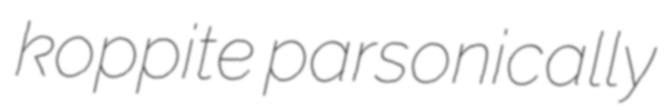
koppite parsonically